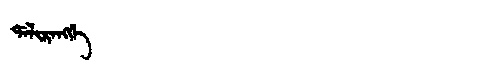
Manchu: ᡩᠠᠯᡳᡵᠠᠩᡤᡝ
Romanization: DALIRANGGE